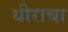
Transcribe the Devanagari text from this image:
धीराचा